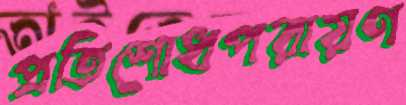
প্রতিশোধপরায়ণ